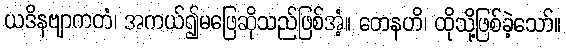
ယဒိနဗျာကတံ၊ အကယ်၍မဖြေဆိုသည်ဖြစ်အံ့။ တေနဟိ၊ ထိုသို့ဖြစ်ခဲ့သော်။